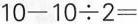
$$1 0 - 1 0 \div 2 =$$